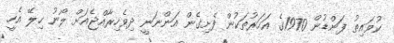
ކުވައިތު ފަންޑުން 1970ގެ އަހަރުތަކުން ފެށިގެން އަންނަނީ ދިވެހިރާއްޖެއަށް ލޯނު ހިލޭ އެހީ